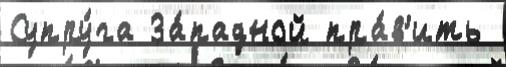
Супру́га За́падной пра́в'ить